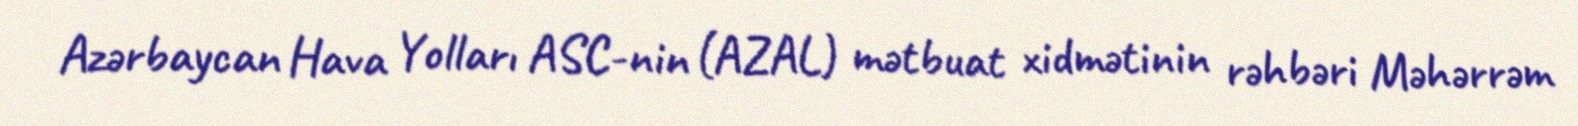
Azərbaycan Hava Yolları ASC-nin (AZAL) mətbuat xidmətinin rəhbəri Məhərrəm